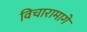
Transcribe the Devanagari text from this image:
विचारामागे